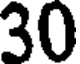
30